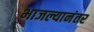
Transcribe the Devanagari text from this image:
भाजल्यानंतर